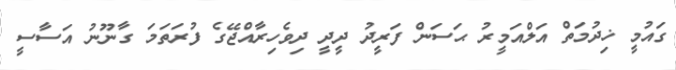
ގައުމީ ޚިދުމަތް އަލްއަމީރު ޙަސަން ފަރީދު ދީދީ ދިވެހިރާއްޖޭގެ ފުރަތަމަ ގާނޫނު އަސާސީ